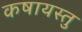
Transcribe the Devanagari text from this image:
कषायस्तु